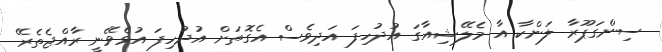
ސިންގަޕޫރާ ލަންކާ އާ މެލޭޝިއާގަ އުދުހިފަ އަދިވެސް އެގޮތަށް އުދުހިފަ އުޅެވޭނީ ރާއްޖެތެރޭ